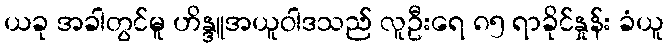
ယခု အခါတွင်မူ ဟိန္ဒူအယူဝါဒသည် လူဦးရေ ၈၅ ရာခိုင်နှုန်း ခံယူ